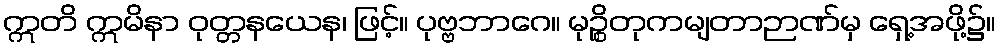
ဣတိ ဣမိနာ ဝုတ္တနယေန၊ ဖြင့်။ ပုဗ္ဗဘာဂေ။ မုဉ္စိတုကမျတာဉာဏ်မှ ရှေ့အဖို့၌။